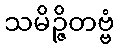
သမိဉ္ဇိတဗ္ဗံ